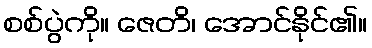
စစ်ပွဲကို။ ဇေတိ၊ အောင်နိုင်၏။